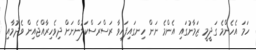
ހަމަ އެހެންމެ ގަދީމީ ޒަމާނުގައި އެންމެ ނަން ހިނގައިފައިވާ ރަސްރަސްކަލުންނަށް ދިވެހިރާއްޖެއިން ވެދުމާއި